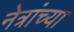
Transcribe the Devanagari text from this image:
नेत्रांच्या